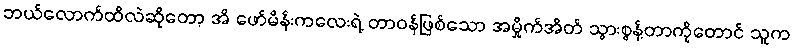
ဘယ်လောက်ထိလဲဆိုတော့ အိ ဖော်မိန်းကလေးရဲ့ တာဝန်ဖြစ်သော အမှိုက်အိတ် သွားစွန့်တာကိုတောင် သူက